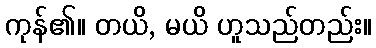
ကုန်၏။ တယိ, မယိ ဟူသည်တည်း။